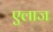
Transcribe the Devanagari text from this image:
एलाज